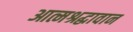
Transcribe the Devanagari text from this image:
आत्मश्रद्धावान